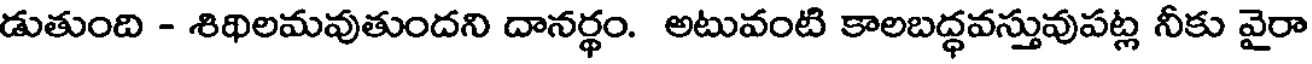
డుతుంది - శిథిలమవుతుందని దానర్థం. అటువంటి కాలబద్ధవస్తువుపట్ల నీకు వైరా